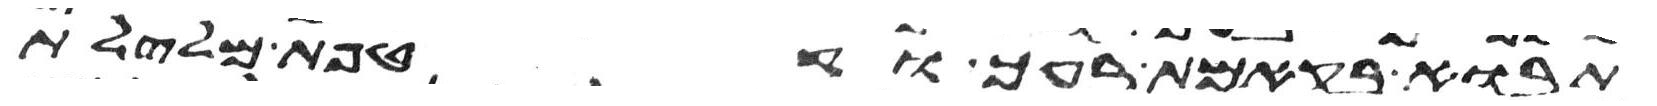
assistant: תבוא בקמת רעך וקטפת מלילת